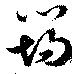
筠